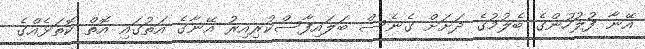
އޭނާ ފުލުހުންގެ ބެލުމުގެ ދަށަށް ގެނެސް ބަލައިފާސްކުރިއިރު އޭނާގެ އަތުގައި އޮތް ކޮތަޅެއްގެ